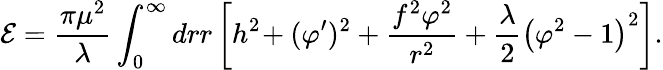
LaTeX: {\cal E}={\frac{\pi\mu^{2}}{\lambda}}\int_{0}^{\infty}drr\left[h^{2}\! +(\varphi^{\prime})^{2}+{\frac{f^{2}\varphi^{2}}{r^{2}}}+{\frac{\lambda}{2}}\left(\varphi^{2}-1\right)^{2}\right].